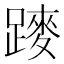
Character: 𨄣